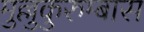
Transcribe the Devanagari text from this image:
मुल्लुकुरुम्बास